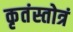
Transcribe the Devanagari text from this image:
कृतंस्तोत्रं